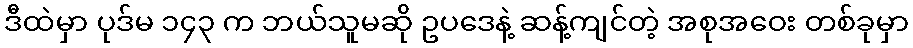
ဒီထဲမှာ ပုဒ်မ ၁၄၃ က ဘယ်သူမဆို ဥပဒေနဲ့ ဆန့်ကျင်တဲ့ အစုအဝေး တစ်ခုမှာ